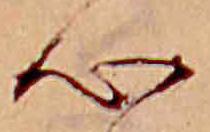
心